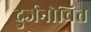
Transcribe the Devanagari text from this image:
दुर्जनोचित